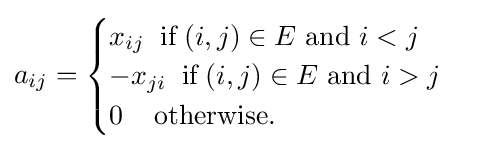
a_{ij}={\begin{cases}x_{ij}\;\;{\mbox{if}}\;(i,j)\in E{\mbox{ and }}i<j\\-x_{ji}\;\;{\mbox{if}}\;(i,j)\in E{\mbox{ and }}i>j\\0\;\;\;\;{\mbox{otherwise}}.\end{cases}}